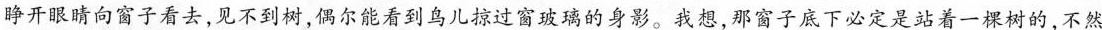
睁开眼睛向窗子看去，见不到树，偶尔能看到鸟儿掠过窗玻璃的身影。我想，那窗子底下必定是站着一棵树的，不然